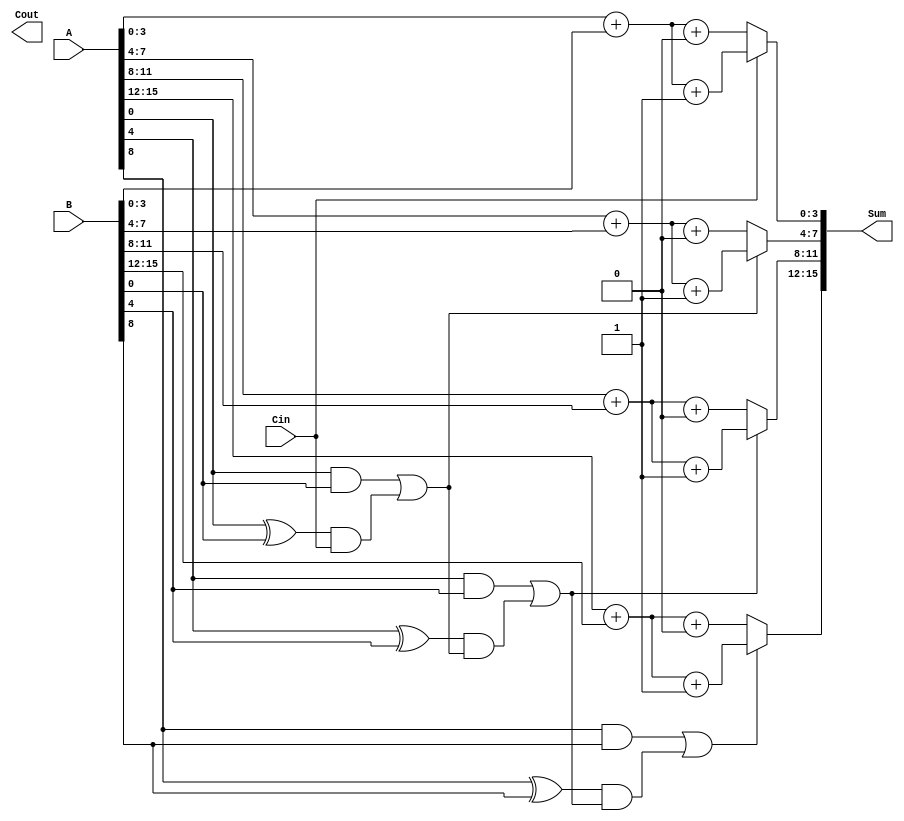
module CarrySelectAdder (
    input [15:0] A,         // First 16-bit input
    input [15:0] B,         // Second 16-bit input
    input Cin,              // Carry-in
    output [15:0] Sum,      // 16-bit sum output
    output Cout             // Carry-out
);

    parameter GROUP_SIZE = 4; // Size of each group
    parameter NUM_GROUPS = 4; // Number of groups (16/4)

    wire [GROUP_SIZE-1:0] sum0 [NUM_GROUPS-1:0]; // Sum with Cin = 0
    wire [GROUP_SIZE-1:0] sum1 [NUM_GROUPS-1:0]; // Sum with Cin = 1
    wire cout0 [NUM_GROUPS-1:0];                  // Carry-out with Cin = 0
    wire cout1 [NUM_GROUPS-1:0];                  // Carry-out with Cin = 1
    wire G [NUM_GROUPS-1:0];                      // Generate signals
    wire P [NUM_GROUPS-1:0];                      // Propagate signals
    wire C [NUM_GROUPS:0];                        // Carry signals

    // Calculate the generate and propagate signals for each group
    genvar i;
    generate
        for (i = 0; i < NUM_GROUPS; i = i + 1) begin : group_logic
            assign G[i] = (A[i*GROUP_SIZE +: GROUP_SIZE] & B[i*GROUP_SIZE +: GROUP_SIZE]);
            assign P[i] = (A[i*GROUP_SIZE +: GROUP_SIZE] ^ B[i*GROUP_SIZE +: GROUP_SIZE]);
        end
    endgenerate

    // Calculate carry-out for each group using Carry Lookahead logic
    assign C[0] = Cin; // Initial carry-in
    generate
        for (i = 0; i < NUM_GROUPS-1; i = i + 1) begin : carry_logic
            assign C[i+1] = G[i] | (P[i] & C[i]);
        end
    endgenerate

    // Compute sum for each group assuming Cin = 0 and Cin = 1
    generate
        for (i = 0; i < NUM_GROUPS; i = i + 1) begin : sum_logic
            assign sum0[i] = A[i*GROUP_SIZE +: GROUP_SIZE] + B[i*GROUP_SIZE +: GROUP_SIZE] + 1'b0;
            assign sum1[i] = A[i*GROUP_SIZE +: GROUP_SIZE] + B[i*GROUP_SIZE +: GROUP_SIZE] + 1'b1;
        end
    endgenerate

    // Multiplexer to select the correct sum based on the carry-out
    generate
        for (i = 0; i < NUM_GROUPS; i = i + 1) begin : mux_logic
            assign Sum[i*GROUP_SIZE +: GROUP_SIZE] = (C[i] == 1'b0) ? sum0[i] : sum1[i];
            if (i == NUM_GROUPS - 1) begin
                assign Cout = C[NUM_GROUPS]; // Final carry-out
            end
        end
    endgenerate

endmodule